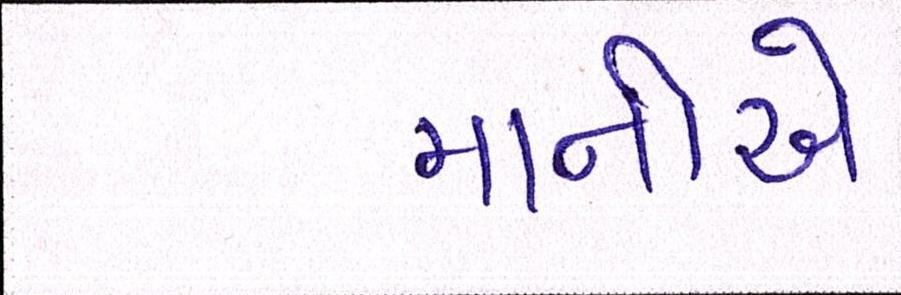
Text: માનીએ